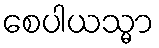
စေပါယသ္မာ